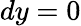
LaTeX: dy=0